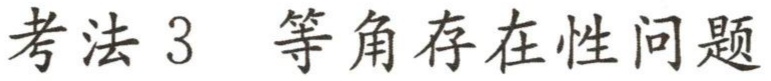
考法 3 等角存在性问题